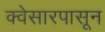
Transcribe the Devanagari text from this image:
क्वेसारपासून